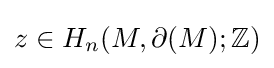
z\in H_{n}(M,\partial (M);\mathbb {Z} )